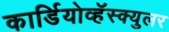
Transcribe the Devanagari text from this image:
कार्डियोव्हॅस्क्युलर